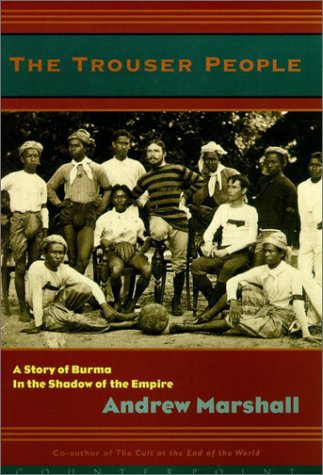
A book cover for The Trouser People: A Story of Burma in the Shadow of the Empire; Andrew Marshall; Travel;